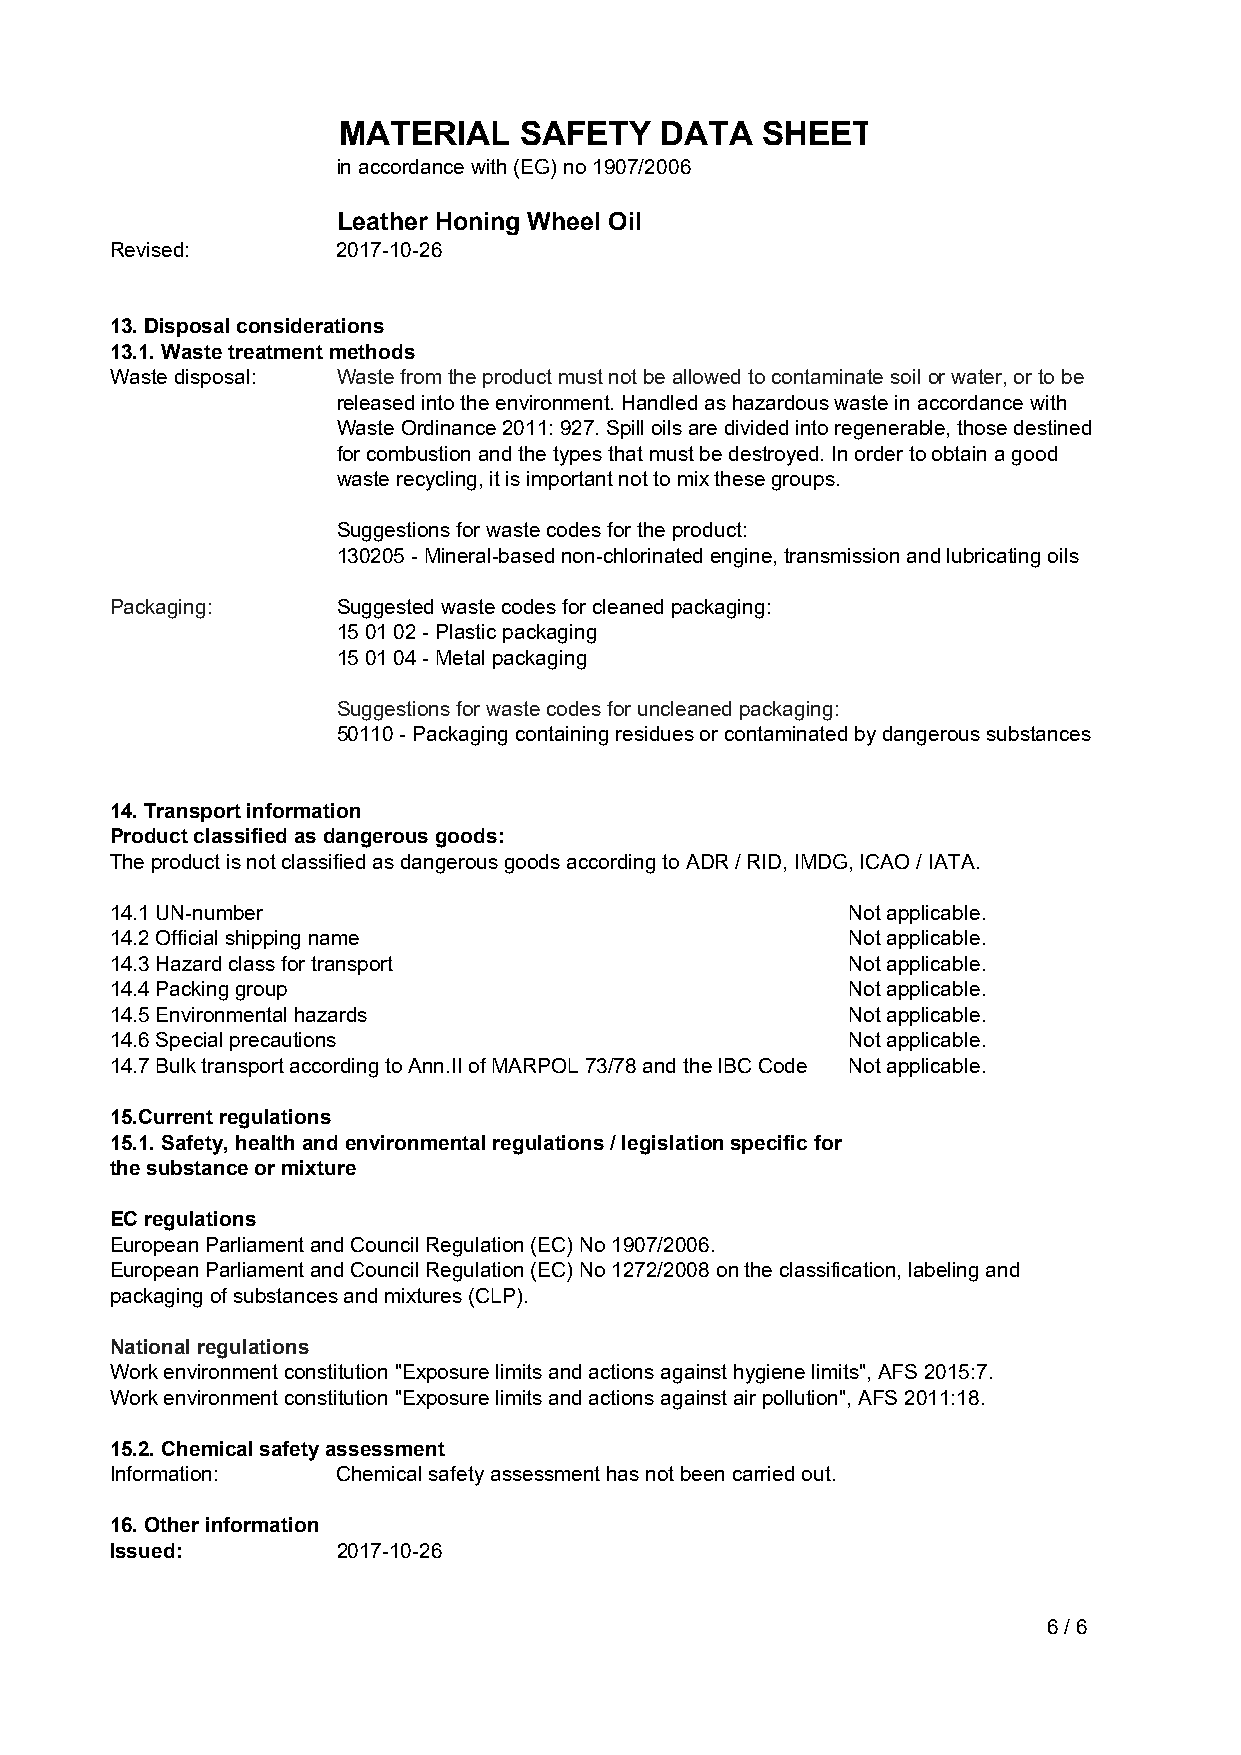
MATERIAL    SAFETY    DATA  SHEET
 in accordance with (EG) no 1907/2006
 Leather Honing Wheel Oil
 Revised:       2017-10-26
 13. Disposal considerations
 13.1. Waste treatment methods
 Waste disposal: Waste from the product must not be allowed to contaminate soil or water, or to be
 released into the environment. Handled as hazardous waste in accordance with
 Waste Ordinance 2011: 927. Spill oils are divided into regenerable, those destined
 for combustion and the types that must be destroyed. In order to obtain a good
 waste recycling, it is important not to mix these groups.
 Suggestions for waste codes for the product:
 130205 - Mineral-based non-chlorinated engine, transmission and lubricating oils
 Packaging:     Suggested waste codes for cleaned packaging:
 15 01 02 - Plastic packaging
 15 01 04 - Metal packaging
 Suggestions for waste codes for uncleaned packaging:
 50110 - Packaging containing residues or contaminated by dangerous substances
 14. Transport information
 Product classified as dangerous goods:
 The product is not classified as dangerous goods according to ADR / RID, IMDG, ICAO / IATA.
 14.1 UN-number                                   Not applicable.
 14.2 Official shipping name                      Not applicable.
 14.3 Hazard class for transport                  Not applicable.
 14.4 Packing group                               Not applicable.
 14.5 Environmental hazards                       Not applicable.
 14.6 Special precautions                         Not applicable.
 14.7 Bulk transport according to Ann.II of MARPOL 73/78 and the IBC Code Not applicable.
 15.Current regulations
 15.1. Safety, health and environmental regulations / legislation specific for
 the substance or mixture
 EC regulations
 European Parliament and Council Regulation (EC) No 1907/2006.
 European Parliament and Council Regulation (EC) No 1272/2008 on the classification, labeling and
 packaging of substances and mixtures (CLP).
 National regulations
 Work environment constitution "Exposure limits and actions against hygiene limits", AFS 2015:7.
 Work environment constitution "Exposure limits and actions against air pollution", AFS 2011:18.
 15.2. Chemical safety assessment
 Information:   Chemical safety assessment has not been carried out.
 16. Other information
 Issued:        2017-10-26
 6 / 6